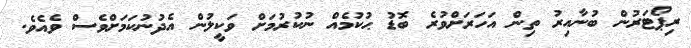
ރިޕޯޓަރުން ބުނާއިރު ތިން އަހަރަށްވުރެ ބޮޑު ޙުކުމެއް ނުކުރުމަށް ވަކީލުން އެދުނުކަމަށްވެސް ވެއެވެ.